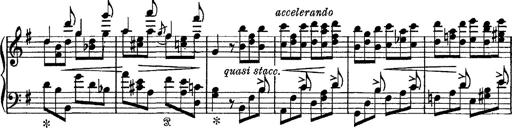
Title: Tarantelle di bravura dâ€™aprÃ¨s la tarantelle de La muette de Portici
Composer: Franz Liszt